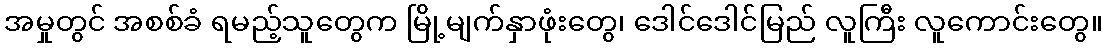
အမှုတွင် အစစ်ခံ ရမည့်သူတွေက မြို့မျက်နှာဖုံးတွေ၊ ဒေါင်ဒေါင်မြည် လူကြီး လူကောင်းတွေ။